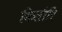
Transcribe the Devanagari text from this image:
किसौरि